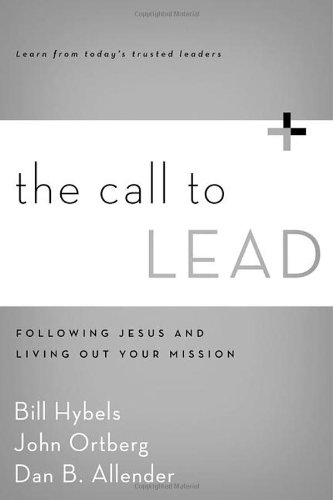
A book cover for The Call to Lead: Following Jesus and Living Out Your Mission; Bill Hybels; Christian Books & Bibles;